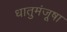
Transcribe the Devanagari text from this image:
धातुमंजूषा